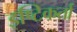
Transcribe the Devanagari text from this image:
इष्टिकर्ता